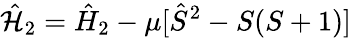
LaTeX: \hat{\mathcal{H}}_{2}=\hat{H}_{2}-\mu[\hat{S}^{2}-S(S+1)]